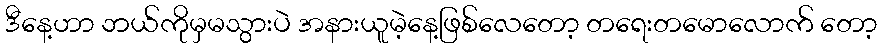
ဒီနေ့ဟာ ဘယ်ကိုမှမသွားပဲ အနားယူမဲ့နေ့ဖြစ်လေတော့ တရေးတမောလောက် တော့